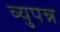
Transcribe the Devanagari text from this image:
व्युपन्न